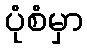
ပုံစံမှာ